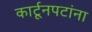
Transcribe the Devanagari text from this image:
कार्टूनपटांना